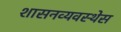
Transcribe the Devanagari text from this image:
शासनव्यवस्थेस